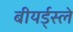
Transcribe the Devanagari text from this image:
बीयर्ड्स्ले